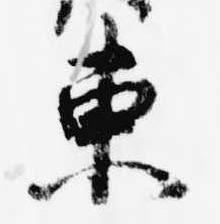
東